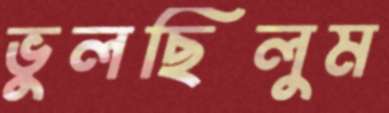
ভুলছিলুম